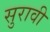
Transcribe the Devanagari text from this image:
सुरावी